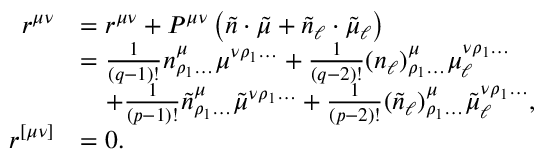
\begin{array} { r l } { r ^ { \mu \nu } } & { = r ^ { \mu \nu } + P ^ { \mu \nu } \left( \tilde { n } \cdot \tilde { \mu } + \tilde { n } _ { \ell } \cdot \tilde { \mu } _ { \ell } \right) } \\ & { = \frac { 1 } { ( q - 1 ) ! } n ^ { \mu } _ { \rho _ { 1 } \ldots } \mu ^ { \nu \rho _ { 1 } \ldots } + \frac { 1 } { ( q - 2 ) ! } ( n _ { \ell } ) ^ { \mu } _ { \rho _ { 1 } \ldots } \mu _ { \ell } ^ { \nu \rho _ { 1 } \ldots } } \\ & { \quad + \frac { 1 } { ( p - 1 ) ! } \tilde { n } ^ { \mu } _ { \rho _ { 1 } \ldots } \tilde { \mu } ^ { \nu \rho _ { 1 } \ldots } + \frac { 1 } { ( p - 2 ) ! } ( \tilde { n } _ { \ell } ) ^ { \mu } _ { \rho _ { 1 } \ldots } \tilde { \mu } _ { \ell } ^ { \nu \rho _ { 1 } \ldots } , } \\ { r ^ { [ \mu \nu ] } } & { = 0 . } \end{array}